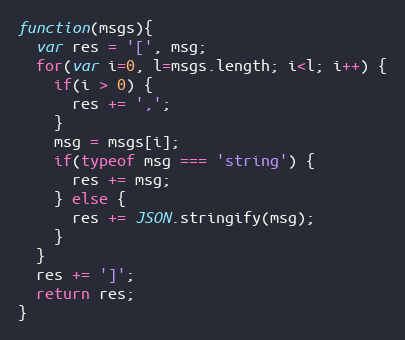
Language: JavaScript
function(msgs){
  var res = '[', msg;
  for(var i=0, l=msgs.length; i<l; i++) {
    if(i > 0) {
      res += ',';
    }
    msg = msgs[i];
    if(typeof msg === 'string') {
      res += msg;
    } else {
      res += JSON.stringify(msg);
    }
  }
  res += ']';
  return res;
}